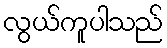
လွယ်ကူပါသည်